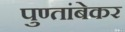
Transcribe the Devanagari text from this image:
पुण्तांबेकर